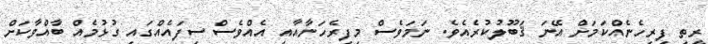
ރީތި ފިރިހެނެއްކަމަށް އޭނަ ޤަބޫލުކުރެއެވެ. ނަމަވެސް މިފިރެހަނާއާއި އެއްވެސް ސިފައެއްގައި ގުޅުމެއް ބާއްވާކަށް